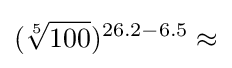
({\sqrt[{5}]{100}})^{26.2-6.5}\approx